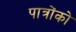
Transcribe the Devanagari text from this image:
पात्रोंको